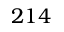
2 1 4